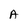
Character: A